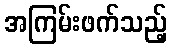
အကြမ်းဖက်သည့်